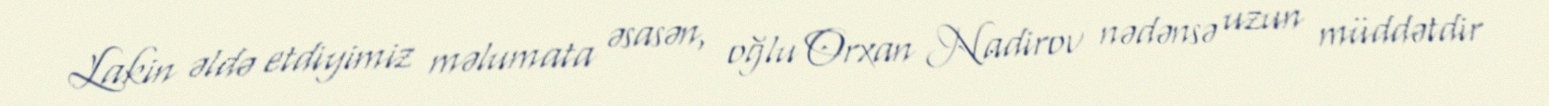
Lakin əldə etdiyimiz məlumata əsasən, oğlu Orxan Nadirov nədənsə uzun müddətdir